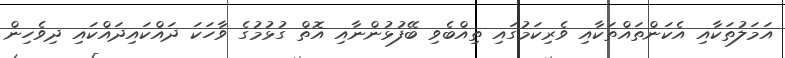
އަމަލުތަކާއި އެކަންތައްތަކާއި ވެރިކަމުގައި ތިއްބެވި ބޭފުޅުންނާއި އޮތް ގުޅުމުގެ ވާހަކަ ދައްކައިދައްކައި ދިވެހިން